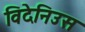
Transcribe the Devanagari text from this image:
विदेनिउस